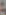
: